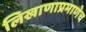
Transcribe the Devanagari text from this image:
लिखाणाप्रमाणेच